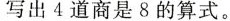
写出4道商是8的算式。